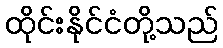
ထိုင်းနိုင်ငံတို့သည်